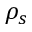
\rho _ { s }